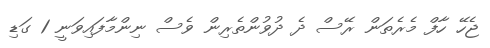
ޖެހޭ ހާފް މެރެތަން ރޭސް ދެ ދުވުންތެރިން ވެސް ނިންމާފައިވަނީ 1 ގަޑި